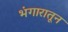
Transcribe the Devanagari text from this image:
भंगारातून